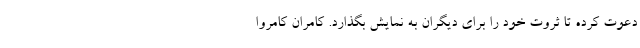
دعوت کرده تا ثروت خود را برای دیگران به نمایش بگذارد. کامران کامروا